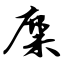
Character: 麋